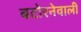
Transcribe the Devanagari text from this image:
बटोरनेवाली